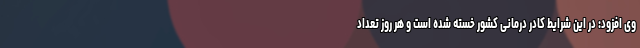
وی افزود: در این شرایط کادر درمانی کشور خسته شده است و هر روز تعداد